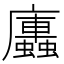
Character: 𭚏